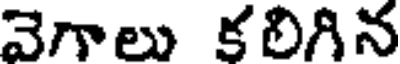
వెగాలు కలిగిన